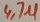
Text: 4,7µ